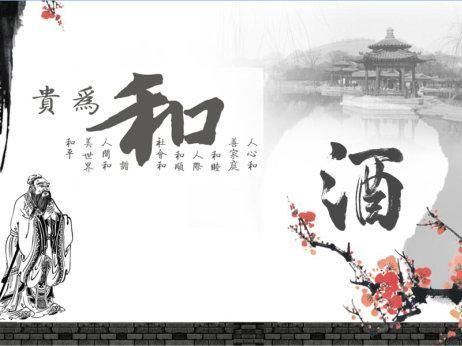
茶鼎熟，酒卮扬，醉来诗兴狂。